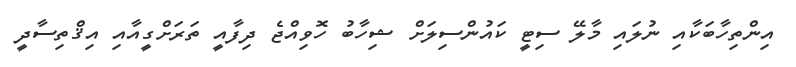
އިންތިހާބަކާއި ނުލައި މާލޭ ސިޓީ ކައުންސިލަށް ޝިހާބު ހޮވިއްޖެ ދިފާއީ ތަރަށްގީއާއި އިޤްތިސާދީ